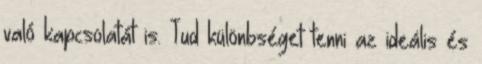
való kapcsolatát is. Tud különbséget tenni az ideális és